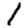
Digit: 1